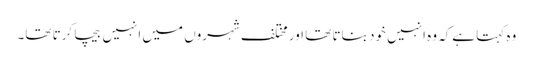
وہ کہتا ہےکہ وہ انہیں خود بناتا تھا اور مختلف شہروں میں انہیں بیچا کرتا تھا۔